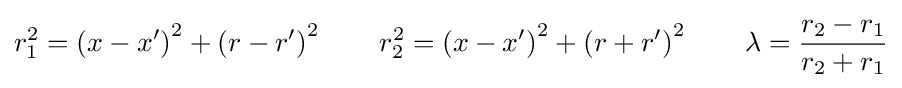
r_{1}^{2}=\left(x-x'\right)^{2}+\left(r-r'\right)^{2}\qquad r_{2}^{2}=\left(x-x'\right)^{2}+\left(r+r'\right)^{2}\qquad \lambda ={\frac {r_{2}-r_{1}}{r_{2}+r_{1}}}